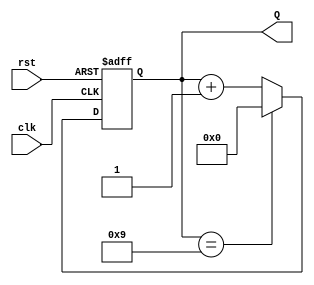
module decade_counter (
    input wire clk,      // Clock input
    input wire rst,      // Asynchronous reset
    output reg [3:0] Q   // 4-bit output for the count
);

// Always block triggered on the rising edge of the clock or reset
always @(posedge clk or posedge rst) begin
    if (rst) begin
        Q <= 4'b0000;  // Reset the count to 0
    end else begin
        if (Q == 4'b1001) begin
            Q <= 4'b0000;  // Reset to 0 when count reaches 10 (1010)
        end else begin
            Q <= Q + 1;    // Increment the count
        end
    end
end

endmodule